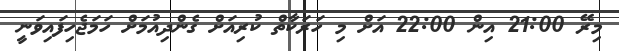
މިރޭ 21:00 އިން 22:00 އަށް މި ހަރަކާތް ކުރިއަށް ގެންދިއުމަށް ހަމަޖެހިފައިވަނީ